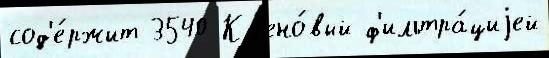
сод'е́ржит 3540 Кл'ено́вый ф'ильтра́циjей